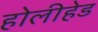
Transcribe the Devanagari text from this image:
होलीहेड